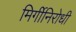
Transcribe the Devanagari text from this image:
मिर्गीनिरोधी